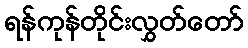
ရန်ကုန်တိုင်းလွှတ်တော်